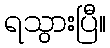
ရသွားပြီ။